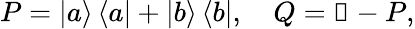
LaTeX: P=\left|a\right\rangle\left\langle a\right|+\left|b\right\rangle\left\langle b\right|,\quad Q=\mathbb{1}-P,